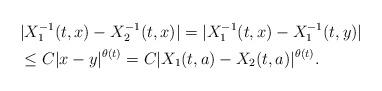
LaTeX: \begin{align*}&|X_1^{-1}(t,x) - X_2^{-1}(t,x) | = |X_1^{-1}(t,x) -X_1^{-1}(t,y) |\\& \leq C| x-y |^{\theta(t)} = C| X_1(t,a) - X_2(t,a) |^{\theta(t)}. \end{align*}